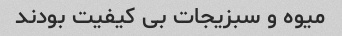
میوه و سبزیجات بی کیفیت بودند